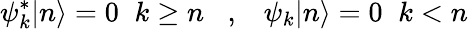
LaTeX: \psi_{k}^{\ast}|n\rangle=0\; \; k\geq n\; \; \; ,\; \; \; \psi_{k}|n\rangle=0\; \; k<n